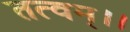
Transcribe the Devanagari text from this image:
तत्वम्।।